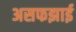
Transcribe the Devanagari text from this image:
असफझाई